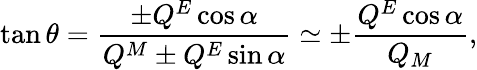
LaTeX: \tan\theta=\frac{\pm Q^{E}\cos\alpha}{Q^{M}\pm Q^{E}\sin\alpha}\simeq\pm\frac{Q^{E}\cos\alpha}{Q_{M}},